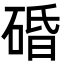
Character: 碈